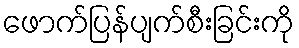
ဖောက်ပြန်ပျက်စီးခြင်းကို